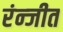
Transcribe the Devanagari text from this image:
रंन्जीत